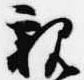
親